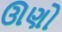
ઊણો